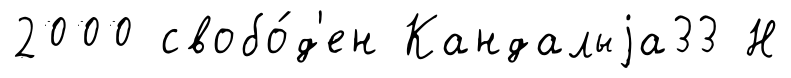
2000 свобо́д'ен Кандалыjа33 Н